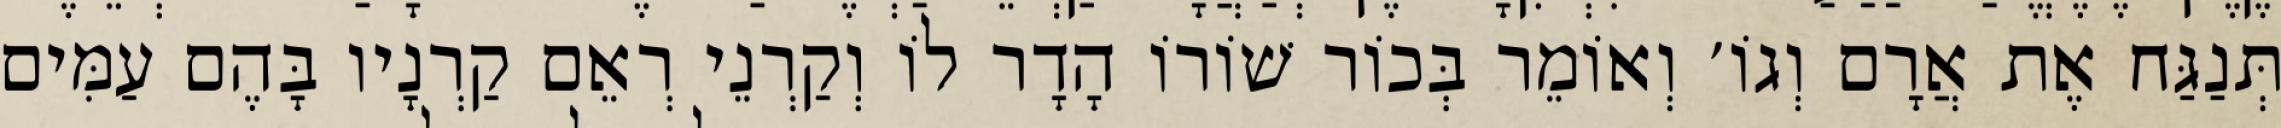
תְּנַגַּח אֶת אֲרָם וְגוֹ׳ וְאוֹמֵר בְּכוֹר שׁוֹרוֹ הָדָר לוֹ וְקַרְנֵי רְאֵם קַרְנָיו בָּהֶם עַמִּים